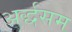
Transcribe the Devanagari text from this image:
अर्द्धसम